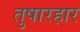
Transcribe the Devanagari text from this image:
तुषारहार